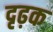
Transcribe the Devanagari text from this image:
दृढ़क